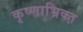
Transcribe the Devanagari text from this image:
कृष्णाभ्रिका